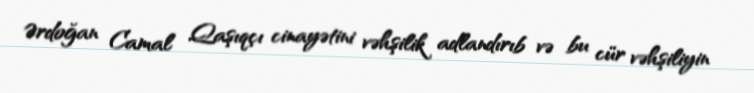
Ərdoğan Camal Qaşıqçı cinayətini vəhşilik adlandırıb və bu cür vəhşiliyin